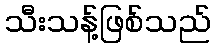
သီးသန့်ဖြစ်သည်